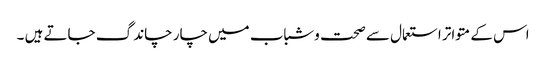
اس کے متواتر استعمال سے صحت وشباب میں چار چاند گ جاتے ہیں ۔